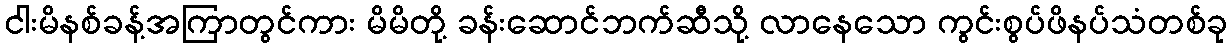
ငါးမိနစ်ခန့်အကြာတွင်ကား မိမိတို့ ခန်းဆောင်ဘက်ဆီသို့ လာနေသော ကွင်းစွပ်ဖိနပ်သံတစ်ခု